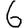
Digit: 6